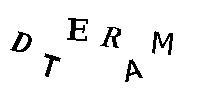
DTERAM